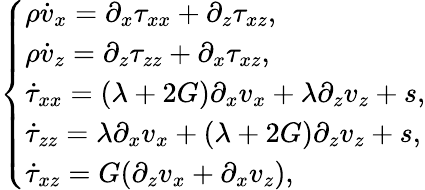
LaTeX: \left\{ \begin{array}{ll}{\rho\dot{v}_{x}=\partial_{x}\tau_{xx}+\partial_{z}\tau_{xz},}\\ {\rho\dot{v}_{z}=\partial_{z}\tau_{zz}+\partial_{x}\tau_{xz},}\\ {\dot{\tau}_{xx}=(\lambda+2G)\partial_{x}v_{x}+\lambda\partial_{z}v_{z}+s,}\\ {\dot{\tau}_{zz}=\lambda\partial_{x}v_{x}+(\lambda+2G)\partial_{z}v_{z}+s,}\\ {\dot{\tau}_{xz}=G(\partial_{z}v_{x}+\partial_{x}v_{z}),}\end{array}\right.